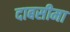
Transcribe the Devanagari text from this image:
दाबसीमा